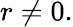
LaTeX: r\neq 0.